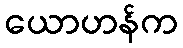
ယောဟန်က